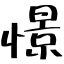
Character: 憬